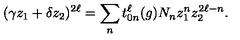
( \gamma z _ { 1 } + \delta z _ { 2 } ) ^ { 2 \ell } = \sum _ { n } t _ { 0 n } ^ { \ell } ( g ) N _ { n } z _ { 1 } ^ { n } z _ { 2 } ^ { 2 \ell - n } .